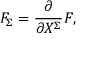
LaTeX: F _ { \Sigma } = { \frac { \partial } { \partial X ^ { \Sigma } } } F ,